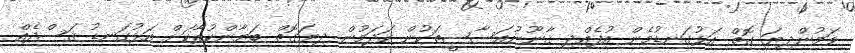
ވަމުންދިޔަ ގޮތް އަޅުގަނޑުމެން އުފެއްދި ޤާނޫނުއަސާސީތަކުން ހަދަމުން ދިޔަގޮތް ބަޔާންކުރާކަށް އަޅުގަނޑު ޤަސްދެއް